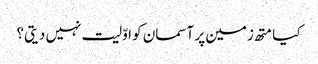
کیا متھ زمین پر آسمان کو اوّلیت نہیں دیتی؟